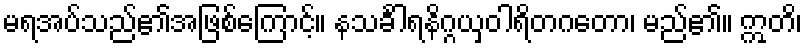
မရအပ်သည်၏အဖြစ်ကြောင့်။ နသင်္ခါရနိဂ္ဂယှဝါရိတဂတော၊ မည်၏။ ဣတိ၊